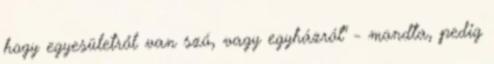
hogy egyesületről van szó, vagy egyházról" - mondta, pedig